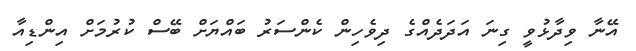
އޭނާ ވިދާޅުވީ ގިނަ އަދަދެއްގެ ދިވެހިން ކެންސަރު ބައްޔަށް ބޭސް ކުރުމަށް އިންޑިއާ